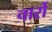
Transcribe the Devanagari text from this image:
चार्रो